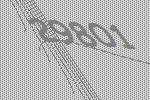
29801